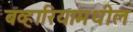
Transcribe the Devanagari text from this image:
बव्हारियामधील